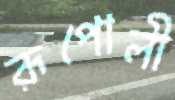
রূপোলী